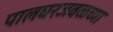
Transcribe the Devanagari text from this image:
पालघरजवळच्या